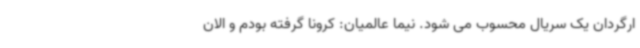
ارگردان یک سریال محسوب می شود. نیما عالمیان: کرونا گرفته بودم و الان